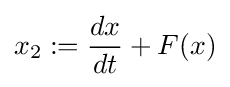
x_{2}:={dx \over dt}+F(x)